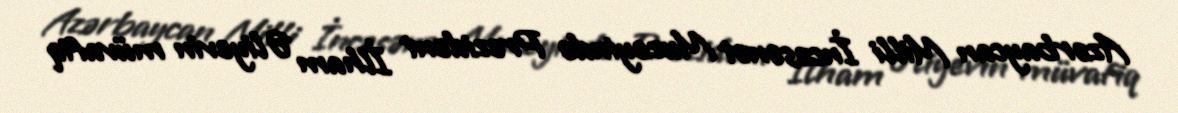
Azərbaycan Milli İncəsənət Muzeyində Prezident İlham Əliyevin müvafiq